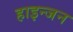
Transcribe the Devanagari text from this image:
हाइन्जन